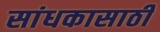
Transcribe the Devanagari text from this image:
सांधकासाठी